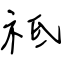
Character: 祗